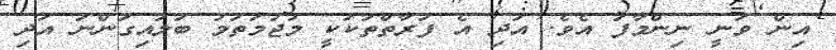
އިން ވަނީ ނިންމާފަ އެވެ. އަދި އެ ފަރާތްތަކަކީ މުޖުމަތަމު ބަލައިގަންނަ އަދި